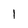
Character: l